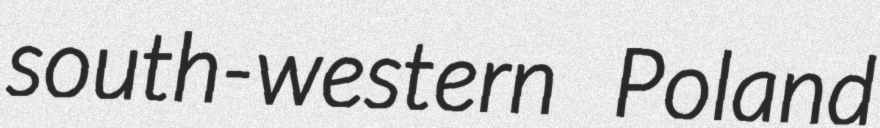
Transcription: south-western Poland